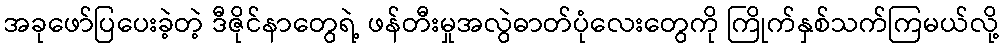
အခုဖော်ပြပေးခဲ့တဲ့ ဒီဇိုင်နာတွေရဲ့ ဖန်တီးမှုအလွဲဓာတ်ပုံလေးတွေကို ကြိုက်နှစ်သက်ကြမယ်လို့